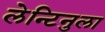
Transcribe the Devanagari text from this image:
लेन्टिनुला